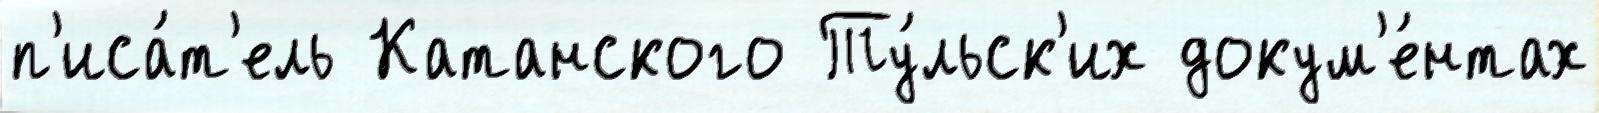
п'иса́т'ель Катанского Ту́льск'их докум'е́нтах